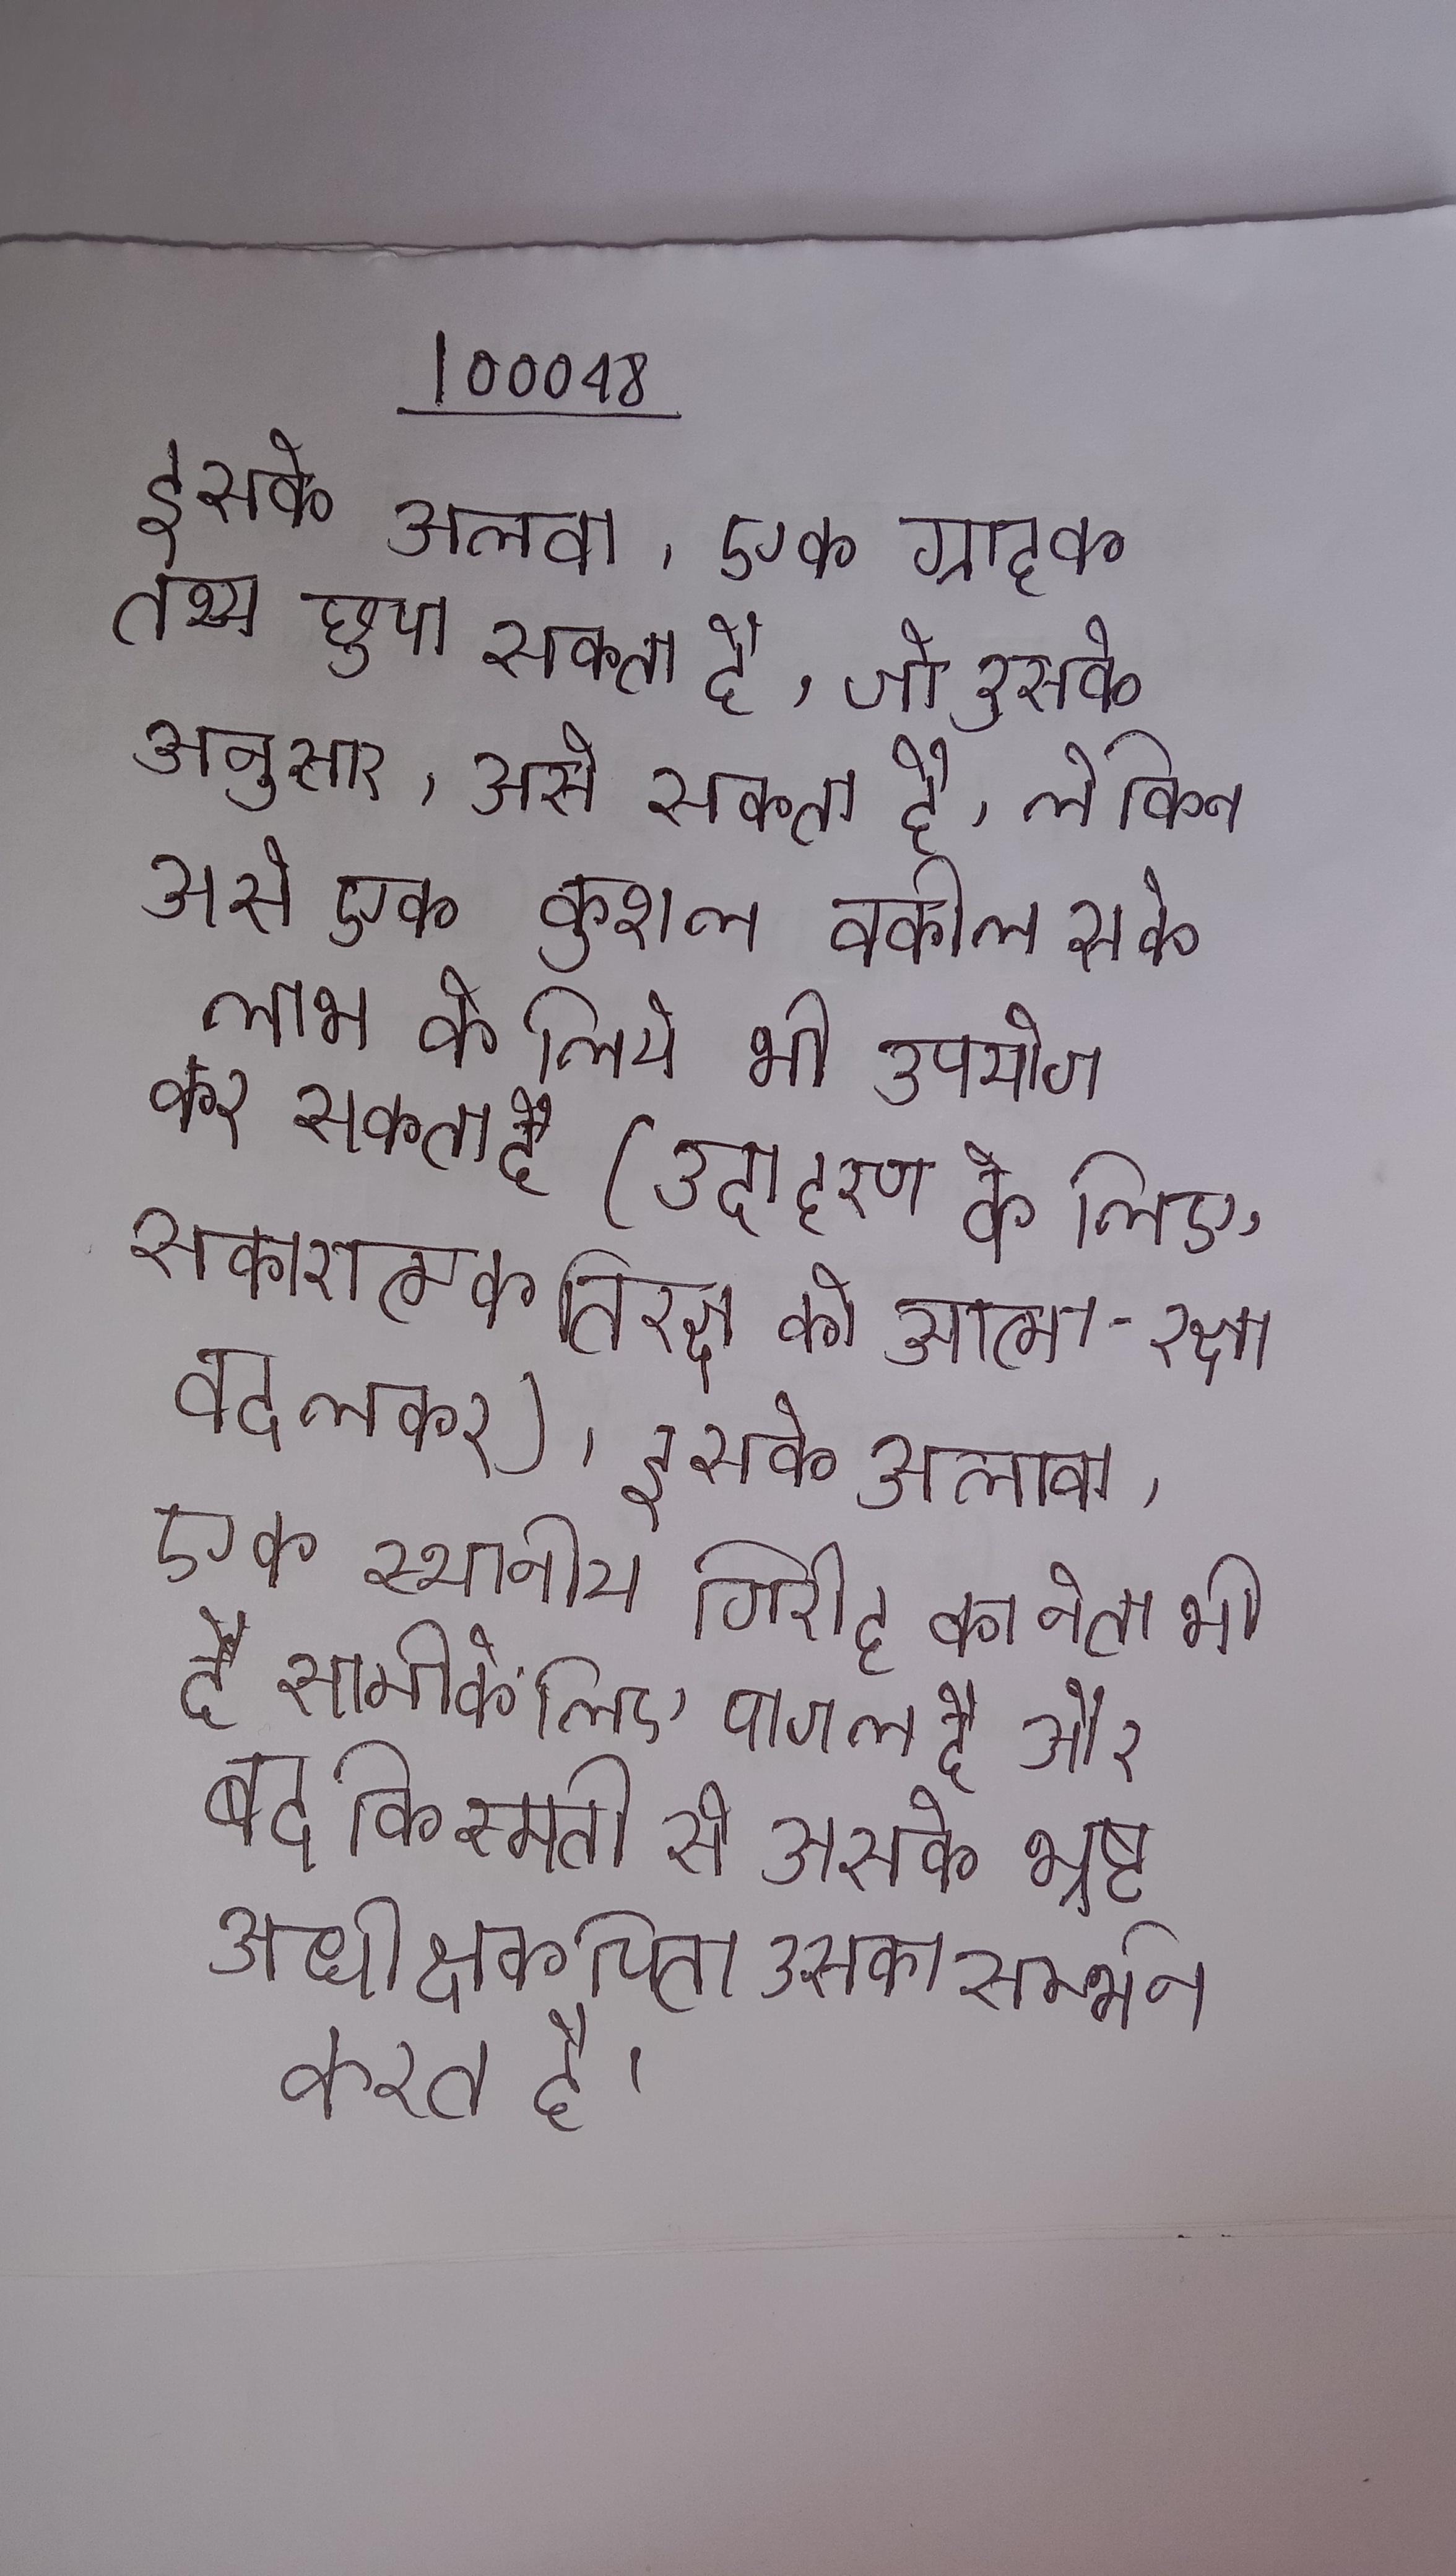
इसके अलावा, एक ग्राहक तथ्य छुपा सकता है, जो उसके अनुसार, उसे सकता है, लेकिन उसे एक कुशल वकील उसके लाभ के लिए भी उपयोग कर सकता है (उदाहरण के लिए, सकारात्मक प्रतिरक्षा को आत्म-रक्षा बदलकर) । इसके अलावा, एक स्थानीय गिरोह का नेता भी है सामी के लिए पागल है और बदकिस्मती से उसके भ्रष्ट अधीक्षक पिता उसका समर्थन करते है ।